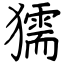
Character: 獳